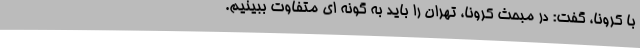
با کرونا، گفت: در مبحث کرونا، تهران را باید به گونه ای متفاوت ببینیم.